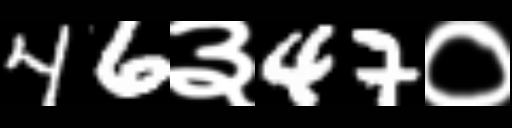
Text: 46३47०